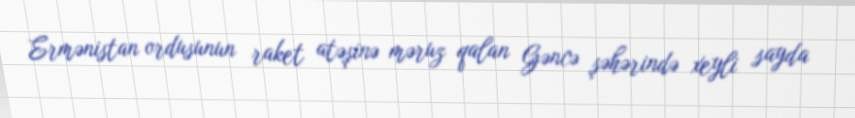
Ermənistan ordusunun raket atəşinə məruz qalan Gəncə şəhərində xeyli sayda